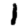
Digit: 1